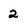
Character: 2